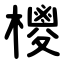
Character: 㯶